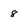
Character: 8